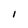
Character: I